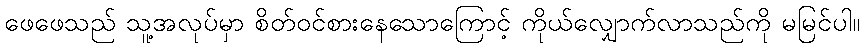
ဖေဖေသည် သူ့အလုပ်မှာ စိတ်ဝင်စားနေသောကြောင့် ကိုယ်လျှောက်လာသည်ကို မမြင်ပါ။